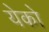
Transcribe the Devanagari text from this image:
येको